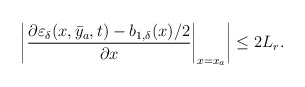
\begin{align*}\left|\left.\dfrac{\partial\varepsilon_\delta(x,\bar{y}_a,t)-b_{1,\delta}(x)/2}{\partial x}\right|_{x = x_a}\right| \le 2 L_r .\end{align*}